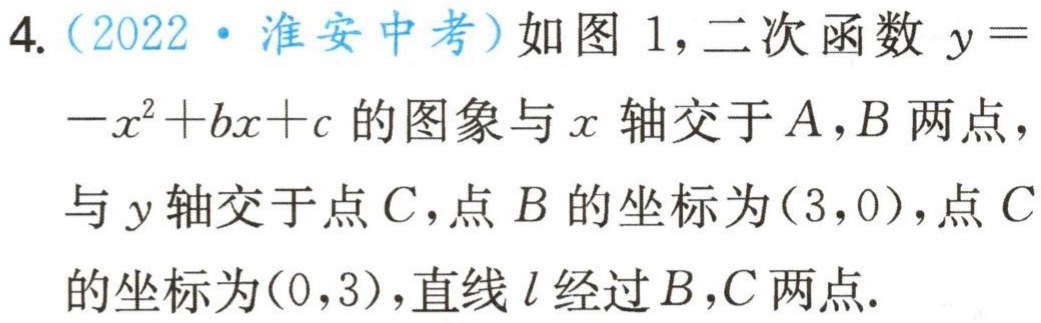
4.（2022·淮安中考）如图1，二次函数\(y = -x^{2}+bx + c\)的图象与\(x\)轴交于\(A,B\)两点，与\(y\)轴交于点\(C\)，点\(B\)的坐标为\((3,0)\)，点\(C\)的坐标为\((0,3)\)，直线\(l\)经过\(B,C\)两点.